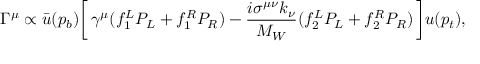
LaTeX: { \mit \Gamma } ^ { \mu } \propto \bar { u } ( p _ { b } ) \biggl [ \, \gamma ^ { \mu } ( f _ { 1 } ^ { L } P _ { L } + f _ { 1 } ^ { R } P _ { R } ) - { \frac { i \sigma ^ { \mu \nu } k _ { \nu } } { M _ { W } } } ( f _ { 2 } ^ { L } P _ { L } + f _ { 2 } ^ { R } P _ { R } ) \, \biggr ] u ( p _ { t } ) ,